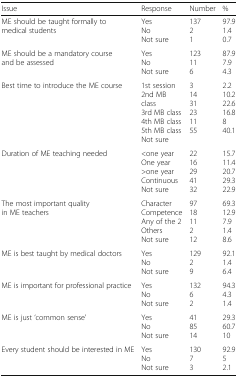
| Issue | Response | Number | % |
 | --- | --- | --- | --- |
 | ME should be taught formally to medical students | YesNoNot sure | 13721 | 97.91.40.7 |
 | ME should be a mandatory course and be assessed | YesNoNot sure | 123116 | 87.97.94.3 |
 | Best time to introduce the ME course | 1st session2nd MB class3rd MB class4th MB class5th MB classNot sure | 31431231155 | 2.210.222.616.8840.1 |
 | Duration of ME teaching needed | <one yearOne year>one yearContinuousNot sure | 2216294132 | 15.711.420.729.322.9 |
 | The most important quality in ME teachers | CharacterCompetenceAny of the 2OthersNot sure | 971811212 | 69.312.97.91.48.6 |
 | ME is best taught by medical doctors | YesNoNot sure | 12929 | 92.11.46.4 |
 | ME is important for professional practice | YesNoNot sure | 13262 | 94.34.31.4 |
 | ME is just ‘common sense’ | YesNoNot sure | 418514 | 29.360.710 |
 | Every student should be interested in ME | YesNoNot sure | 13073 | 92.952.1 |